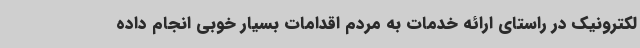
لکترونیک در راستای ارائه خدمات به مردم اقدامات بسیار خوبی انجام داده